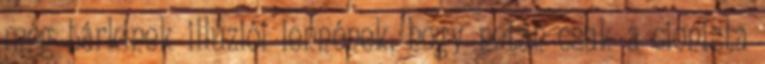
még bárkinek illúziói lennének, hogy netán csak a cionista